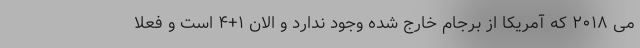
می ۲۰۱۸ که آمریکا از برجام خارج شده وجود ندارد و الان ۱+۴ است و فعلا